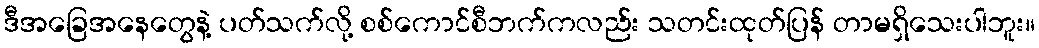
ဒီအခြေအနေတွေနဲ့ ပတ်သက်လို့ စစ်ကောင်စီဘက်ကလည်း သတင်းထုတ်ပြန် တာမရှိသေးပါဘူး။